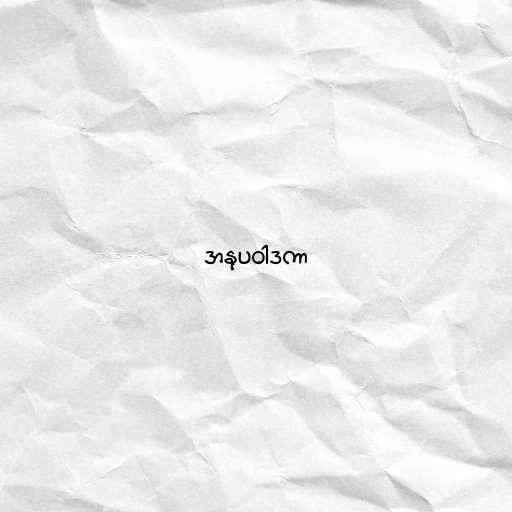
အနုပဝါဒကာ